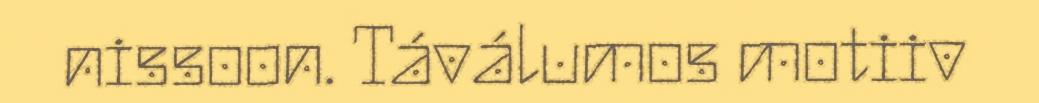
nissoon. Táválumos motiiv